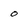
Character: 0